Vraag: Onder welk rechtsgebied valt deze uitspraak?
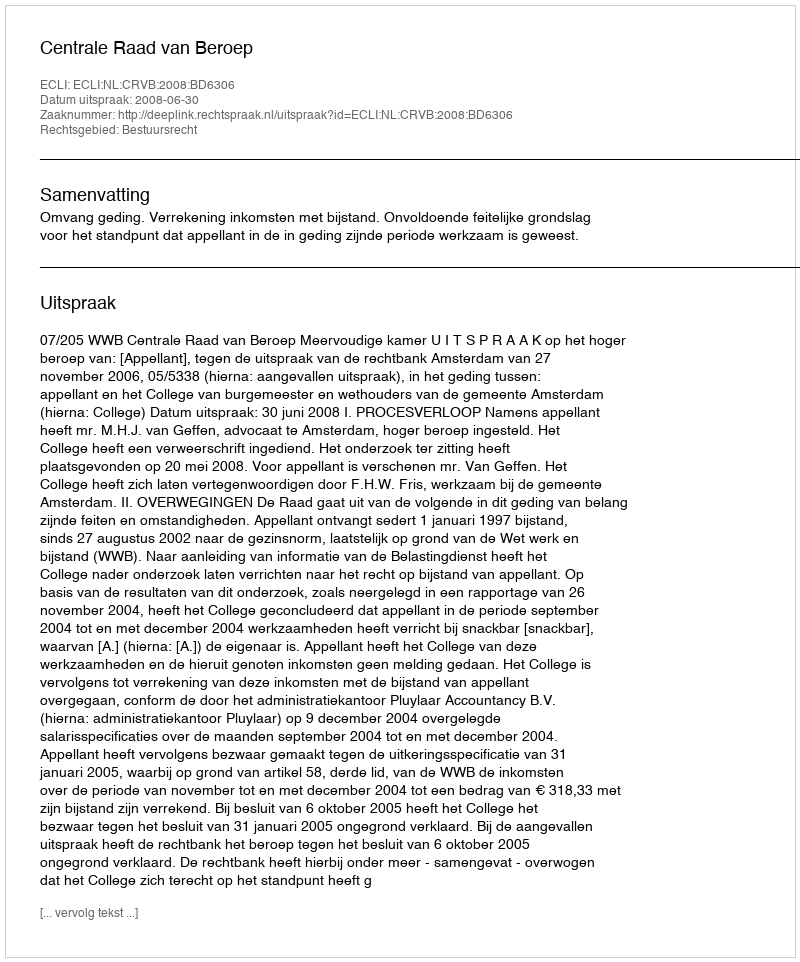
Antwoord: Bestuursrecht